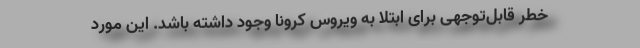
خطر قابل‌توجهی برای ابتلا به ویروس کرونا وجود داشته باشد. این مورد